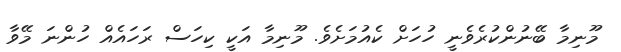
މޫނިމާ ބޭނުންކުރެވެނީ ހުހަށް ކެއުމަށެވެ. މޫނިމާ އަކީ ކިހަސް ރަހައެއް ހުންނަ މޭވާ